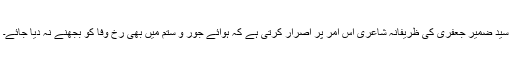
سید ضمیر جعفری کی ظریفانہ شاعری اس امر پر اصرار کرتی ہے کہ ہوائے جور و ستم میں بھی رخ وفا کو بجھنے نہ دیا جائے۔